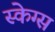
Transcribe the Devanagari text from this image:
स्केग्स